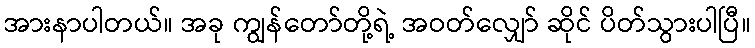
အားနာပါတယ်။ အခု ကျွန်တော်တို့ရဲ့ အဝတ်လျှော် ဆိုင် ပိတ်သွားပါပြီ။